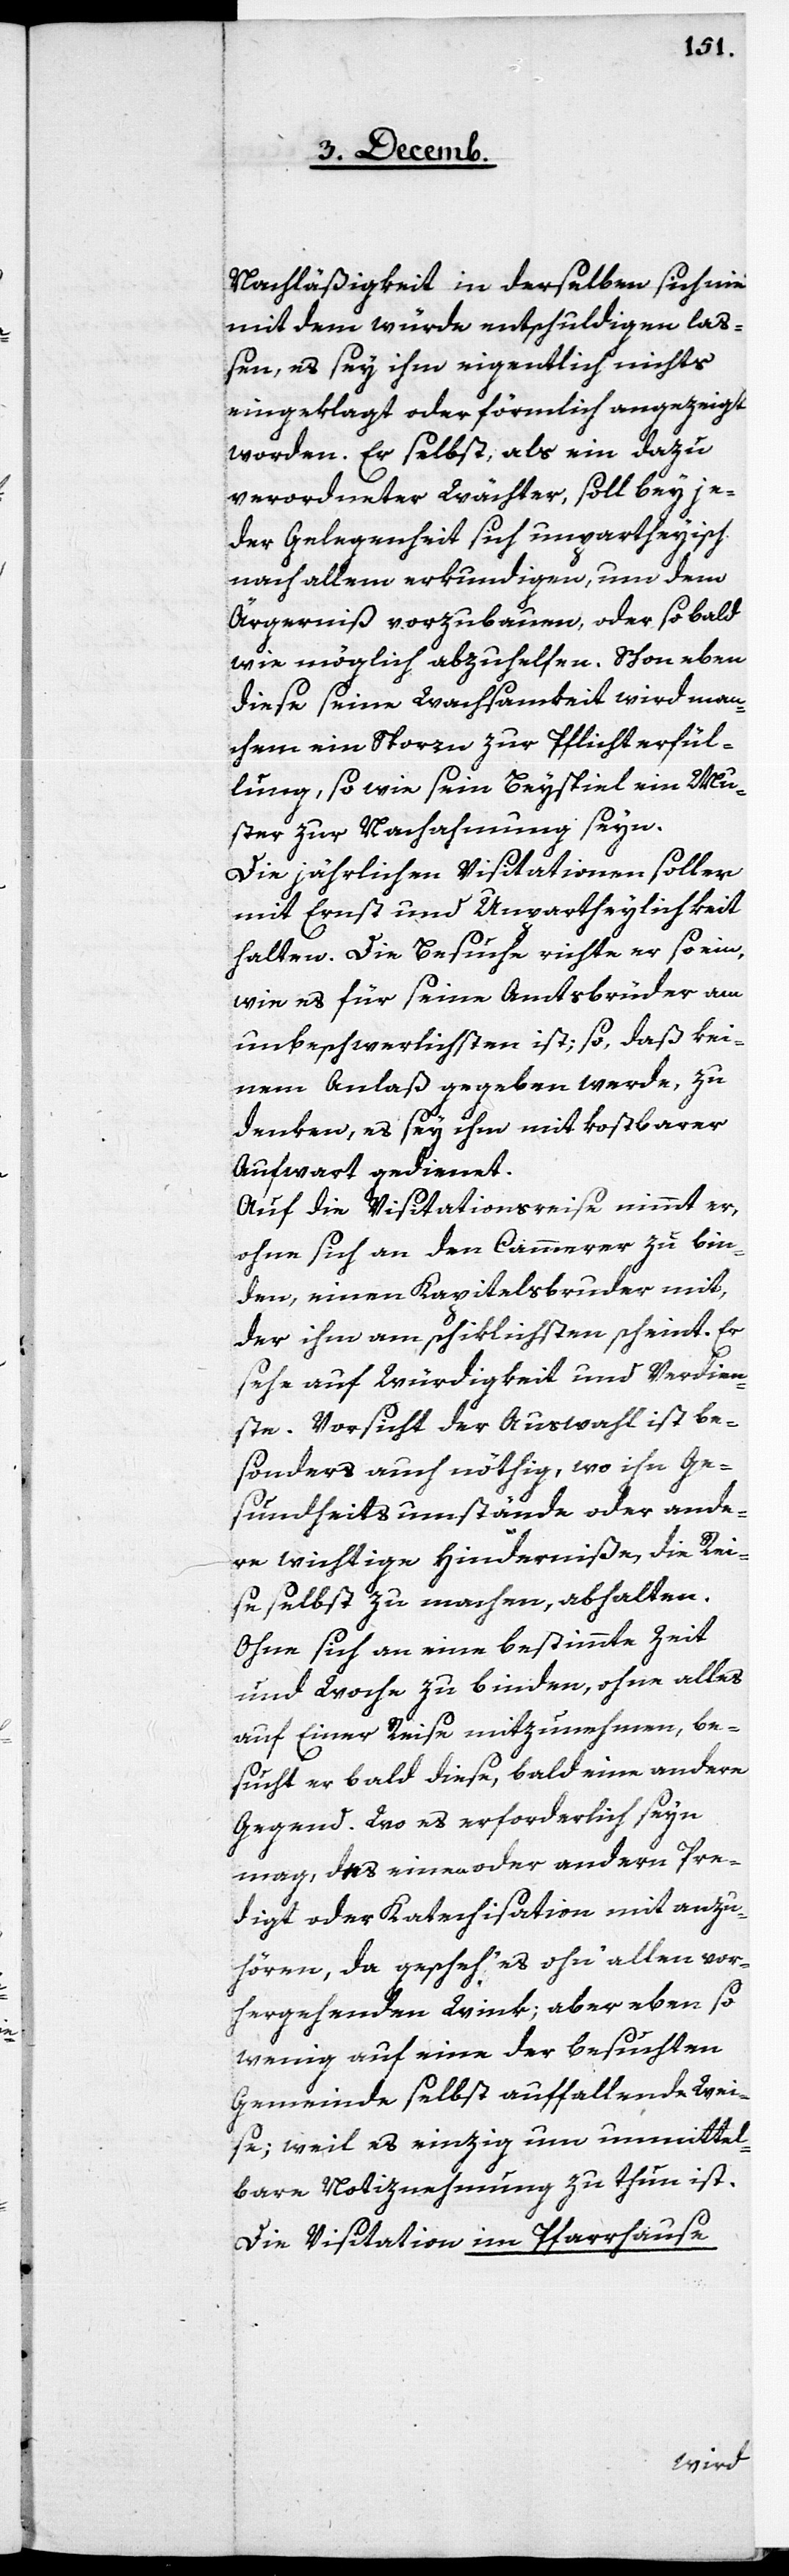
Nachläßigkeit in derselben sich nie
mit dem würde entschuldigen laß¬
en, es sey ihm eigentlich nichts
eingeklagt oder förmlich angezeigt
worden. Er selbst, als ein dazu
verordneter Wächter, soll bey je¬
der Gelegenheit sich unpartheyisch
nach allem erkundigen, um dem
Ärgerniß vorzubauen, oder so bald
wie möglich abzuhelfen. Schon eben
diese seine Wachsamkeit wird man¬
chem ein Sporre zur Pflichterfül¬
lung, so wie sein Beyspiel ein Mu¬
ster zur Nachahmung seyn.
Die jährlichen Visitationen soll er
mit Ernst und Unpartheylichkeit
halten. Die Besuche richte er so ein,
wie es für seine Amtsbrüder am
unbeschwerlichsten ist; so, daß kei¬
nem Anlaß gegeben werde, zu
denken, es sey ihm mit kostbarer
Aufwart gedienet.
Auf die Visitationsreise nimmt er,
ohne sich an den Cammerer zu bin¬
den, einen Kapitelsbruder mit,
der ihm am schiklichsten scheint. Er
sehe auf Würdigkeit und Verdien¬
ste. Vorsicht der Auswahl ist be¬
sonders auch nöthig, wo ihn Ge¬
sundheitsumstände oder ande¬
re wichtige Hinderniße, die Rei¬
se selbst zu machen, abhalten.
Ohne sich an eine bestimmte Zeit
und Woche zu binden, ohne alles
auf Einer Reise mizunehmen, be¬
sucht er bald diese, bald eine andere
Gegend. Wo es erforderlich seyn
mag, des einen oder andern Pre¬
digt oder Katechisation mit anzu¬
hören, da gescheh’ es ohn’ allen vor¬
hergehenden Wink; aber eben so
wenig auf eine der besuchten
Gemeinde selbst auffallende Wei¬
se, weil es einzig um unmittel¬
bare Notiznehmung zu thun ist.
Die Visitation im Pfarrhause